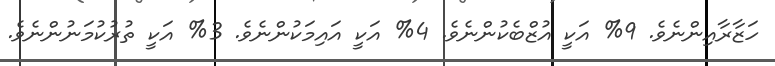
ހަޒާރާއިންނެވެ. 9% އަކީ އުޒްބެކުންނެވެ. 4% އަކީ އައިމަކުންނެވެ. 3% އަކީ ތުރުކުމަނުންނެވެ.